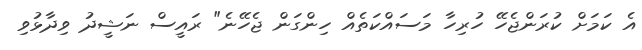
އެ ކަމަށް ކުރަންޖެހޭ ހުރިހާ މަސައްކަތެއް ހިންގަން ޖެހޭނެ" ރައީސް ނަޝީދު ވިދާޅުވި